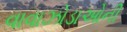
વાવાઝોડાઓની